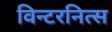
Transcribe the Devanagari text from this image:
विन्टरनित्स